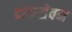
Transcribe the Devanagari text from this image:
दारूसेवन